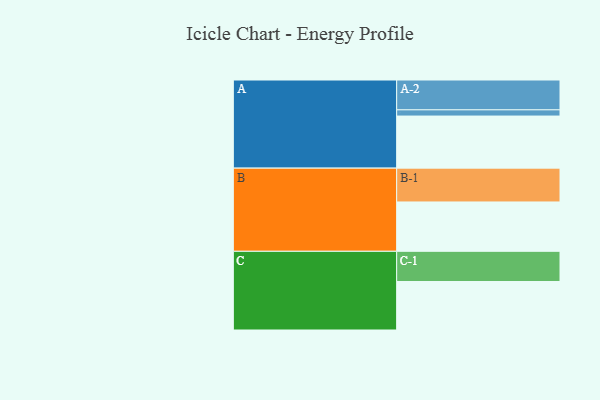
{"axis": {"x": "Segment", "y": "Value"}, "legend": ["", "A", "B", "C"], "data": [{"x": "A", "y": 419, "type": ""}, {"x": "B", "y": 397, "type": ""}, {"x": "C", "y": 390, "type": ""}, {"x": "A-1", "y": 50, "type": "A"}, {"x": "A-2", "y": 240, "type": "A"}, {"x": "B-1", "y": 272, "type": "B"}, {"x": "C-1", "y": 243, "type": "C"}]}